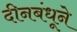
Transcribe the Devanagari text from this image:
दीनबंधूने